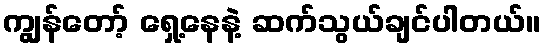
ကျွန်တော့် ရှေ့နေနဲ့ ဆက်သွယ်ချင်ပါတယ်။